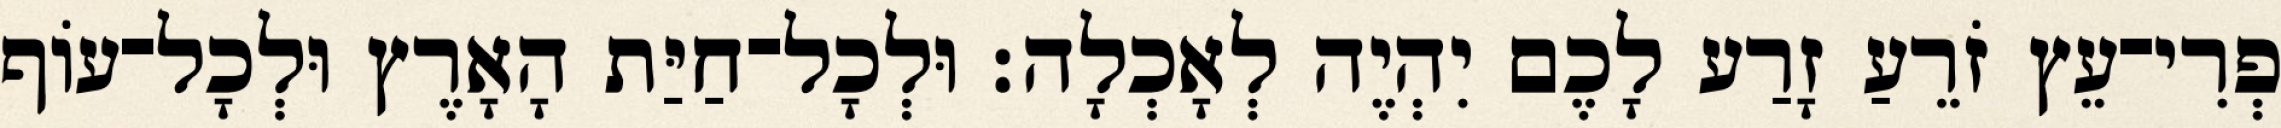
פְרִי־עֵץ זֹרֵעַ זָרַע לָכֶם יִהְיֶה לְאָכְלָה׃ וּלְכָל־חַיַּת הָאָרֶץ וּלְכָל־עֹוף